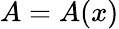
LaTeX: A=A(x)